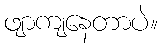
ဖျာကျနေတာပဲ။